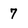
Character: 7